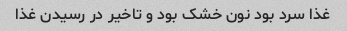
غذا سرد بود نون خشک بود و تاخیر در رسیدن غذا